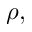
\rho ,